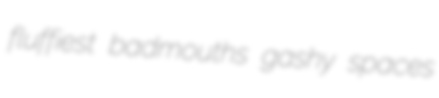
fluffiest badmouths gashy spaces